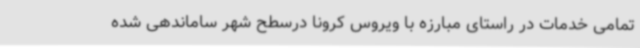
تمامی خدمات در راستای مبارزه با ویروس کرونا درسطح شهر ساماندهی شده